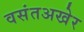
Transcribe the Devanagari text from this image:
वसंतअखेर